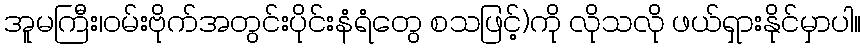
အူမကြီး၊ဝမ်းဗိုက်အတွင်းပိုင်းနံရံတွေ စသဖြင့်)ကို လိုသလို ဖယ်ရှားနိုင်မှာပါ။